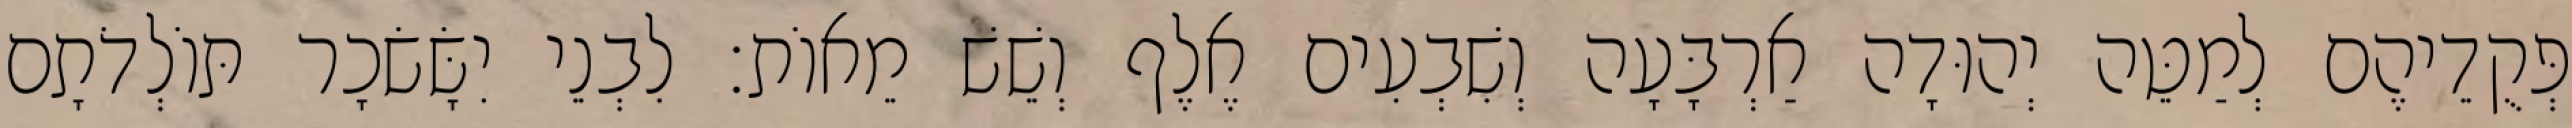
פְּקֻדֵיהֶם לְמַטֵּה יְהוּדָה אַרְבָּעָה וְשִׁבְעִים אֶלֶף וְשֵׁשׁ מֵאוֹת׃ לִבְנֵי יִשָּׂשׂכָר תּוֹלְדֹתָם